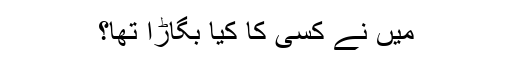
میں نے کسی کا کیا بگاڑا تھا؟